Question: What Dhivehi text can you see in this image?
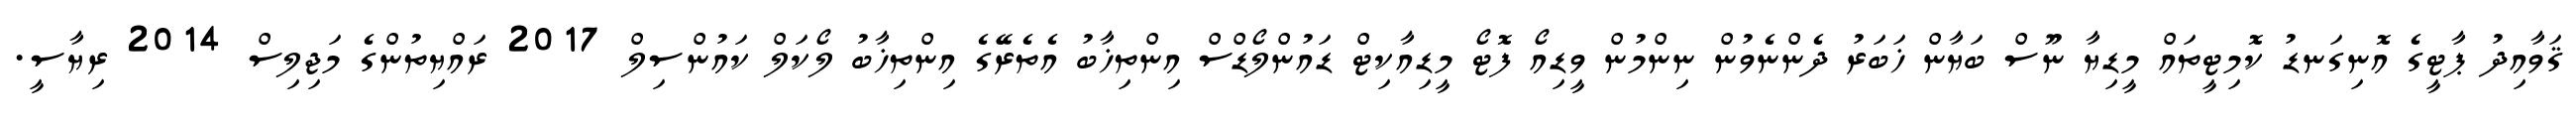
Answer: ޤަވާއިދު ޕާޓީގެ އޮނިގަނޑު ކޮމިޓީތައް މީޑިޔާ ނޫސް ބަޔާން ޚަބަރު ދެންނެވުން ނިންމުން ވީޑިއޯ ފޮޓޯ މީޑިއާކިޓް ޑައުންލޯޑްސް އިންތިޚާބު އެތެރޭގެ އިންތިޚާބު ލޯކަލް ކައުންސިލް 2017 ރައްޔިތުންގެ މަޖިލިސް 2014 ރިޔާސީ.